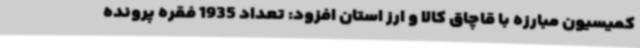
کمیسیون مبارزه با قاچاق کالا و ارز استان افزود: تعداد 1935 فقره پرونده